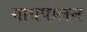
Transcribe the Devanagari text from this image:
गायपालन